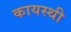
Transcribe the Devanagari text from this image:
कायस्थी